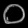
Digit: ၀